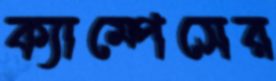
ক্যাম্পেসের